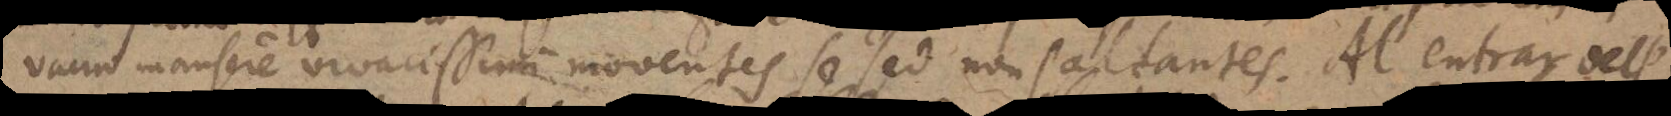
vacuo mansere vivacissimi moventes se sed non saltantes. Al entrar dell’